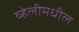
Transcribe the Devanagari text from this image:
व्हेलीमधील